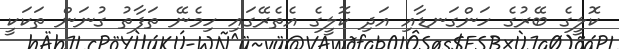
ކޮލީގެ ބޭރުގެ ހަންގަނޑާއި އަދި ކޮލީގެ އެތެރޭގައި ހިމެނޭ ތަފާތު ގުނަން ތަކަކީ